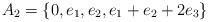
LaTeX: \begin{align*}A_2 = \{ 0, e_1, e_2, e_1+e_2+2e_3\}\end{align*}